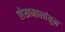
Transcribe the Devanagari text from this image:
लेखमालांतून